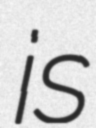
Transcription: is